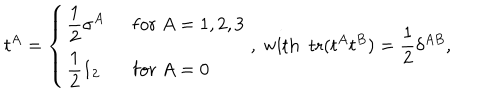
LaTeX: t ^ { A } = \left\{ \begin{array} { l l } { { \displaystyle \frac { 1 } { 2 } \sigma ^ { A } } } & { { ~ ~ \mathrm { f o r } ~ A = 1 , 2 , 3 } } \\ { { \displaystyle \frac { 1 } { 2 } 1 _ { 2 } } } & { { ~ ~ \mathrm { f o r } ~ A = 0 } } \\ \end{array} \right. , \mathrm { ~ w i t h ~ ~ t r } ( t ^ { A } t ^ { B } ) = \frac { 1 } { 2 } \delta ^ { A B } ,